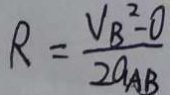
R = \frac { V _ { B ^ { 2 } } - 0 } { 2 a _ { A B } }